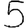
Digit: 5